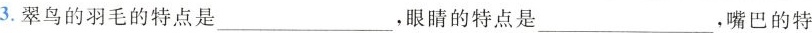
3.翠鸟的羽毛的特点是___，眼睛的特点是___，嘴巴的特